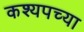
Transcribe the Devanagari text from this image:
कश्यपच्या